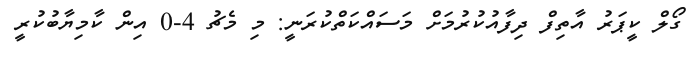
ގޯލް ކީޕަރު އާތިފް ދިފާއުކުރުމަށް މަސައްކަތްކުރަނީ: މި މެޗު 4-0 އިން ކާމިޔާބުކުރީ